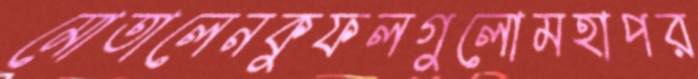
মোতালেনকুফলগুলোমহাপর